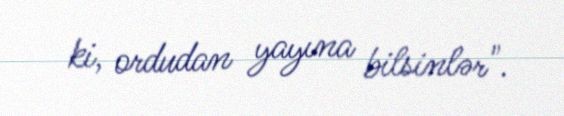
ki, ordudan yayına bilsinlər".